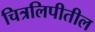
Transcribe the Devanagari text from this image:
चित्रलिपीतील